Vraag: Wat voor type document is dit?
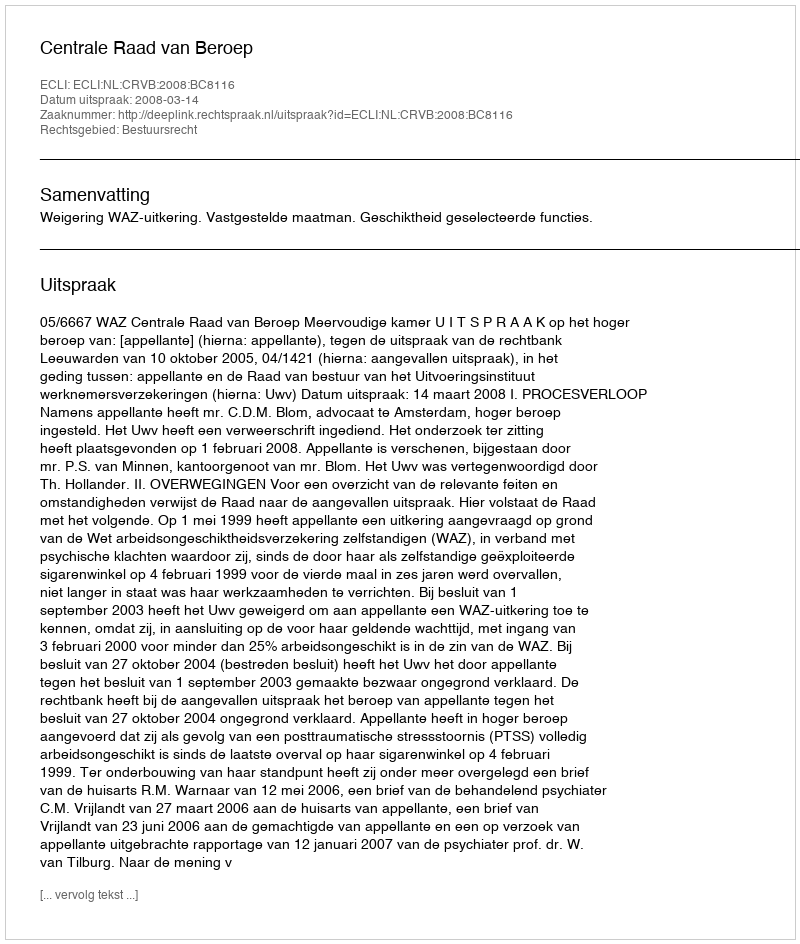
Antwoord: Uitspraak